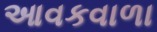
આવકવાળા